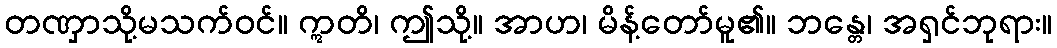
တဏှာသို့မသက်ဝင်။ ဣတိ၊ ဤသို့။ အာဟ၊ မိန့်တော်မူ၏။ ဘန္တေ၊ အရှင်ဘုရား။